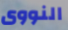
النووى